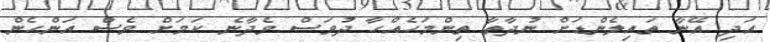
އަދި އޭނާ ތައިލެންޑަށް ނުދާތާ ތިންމަހެއްހާ ދުވަސް ވެދާނެ ކަމަށް ވެސް އަންހެން